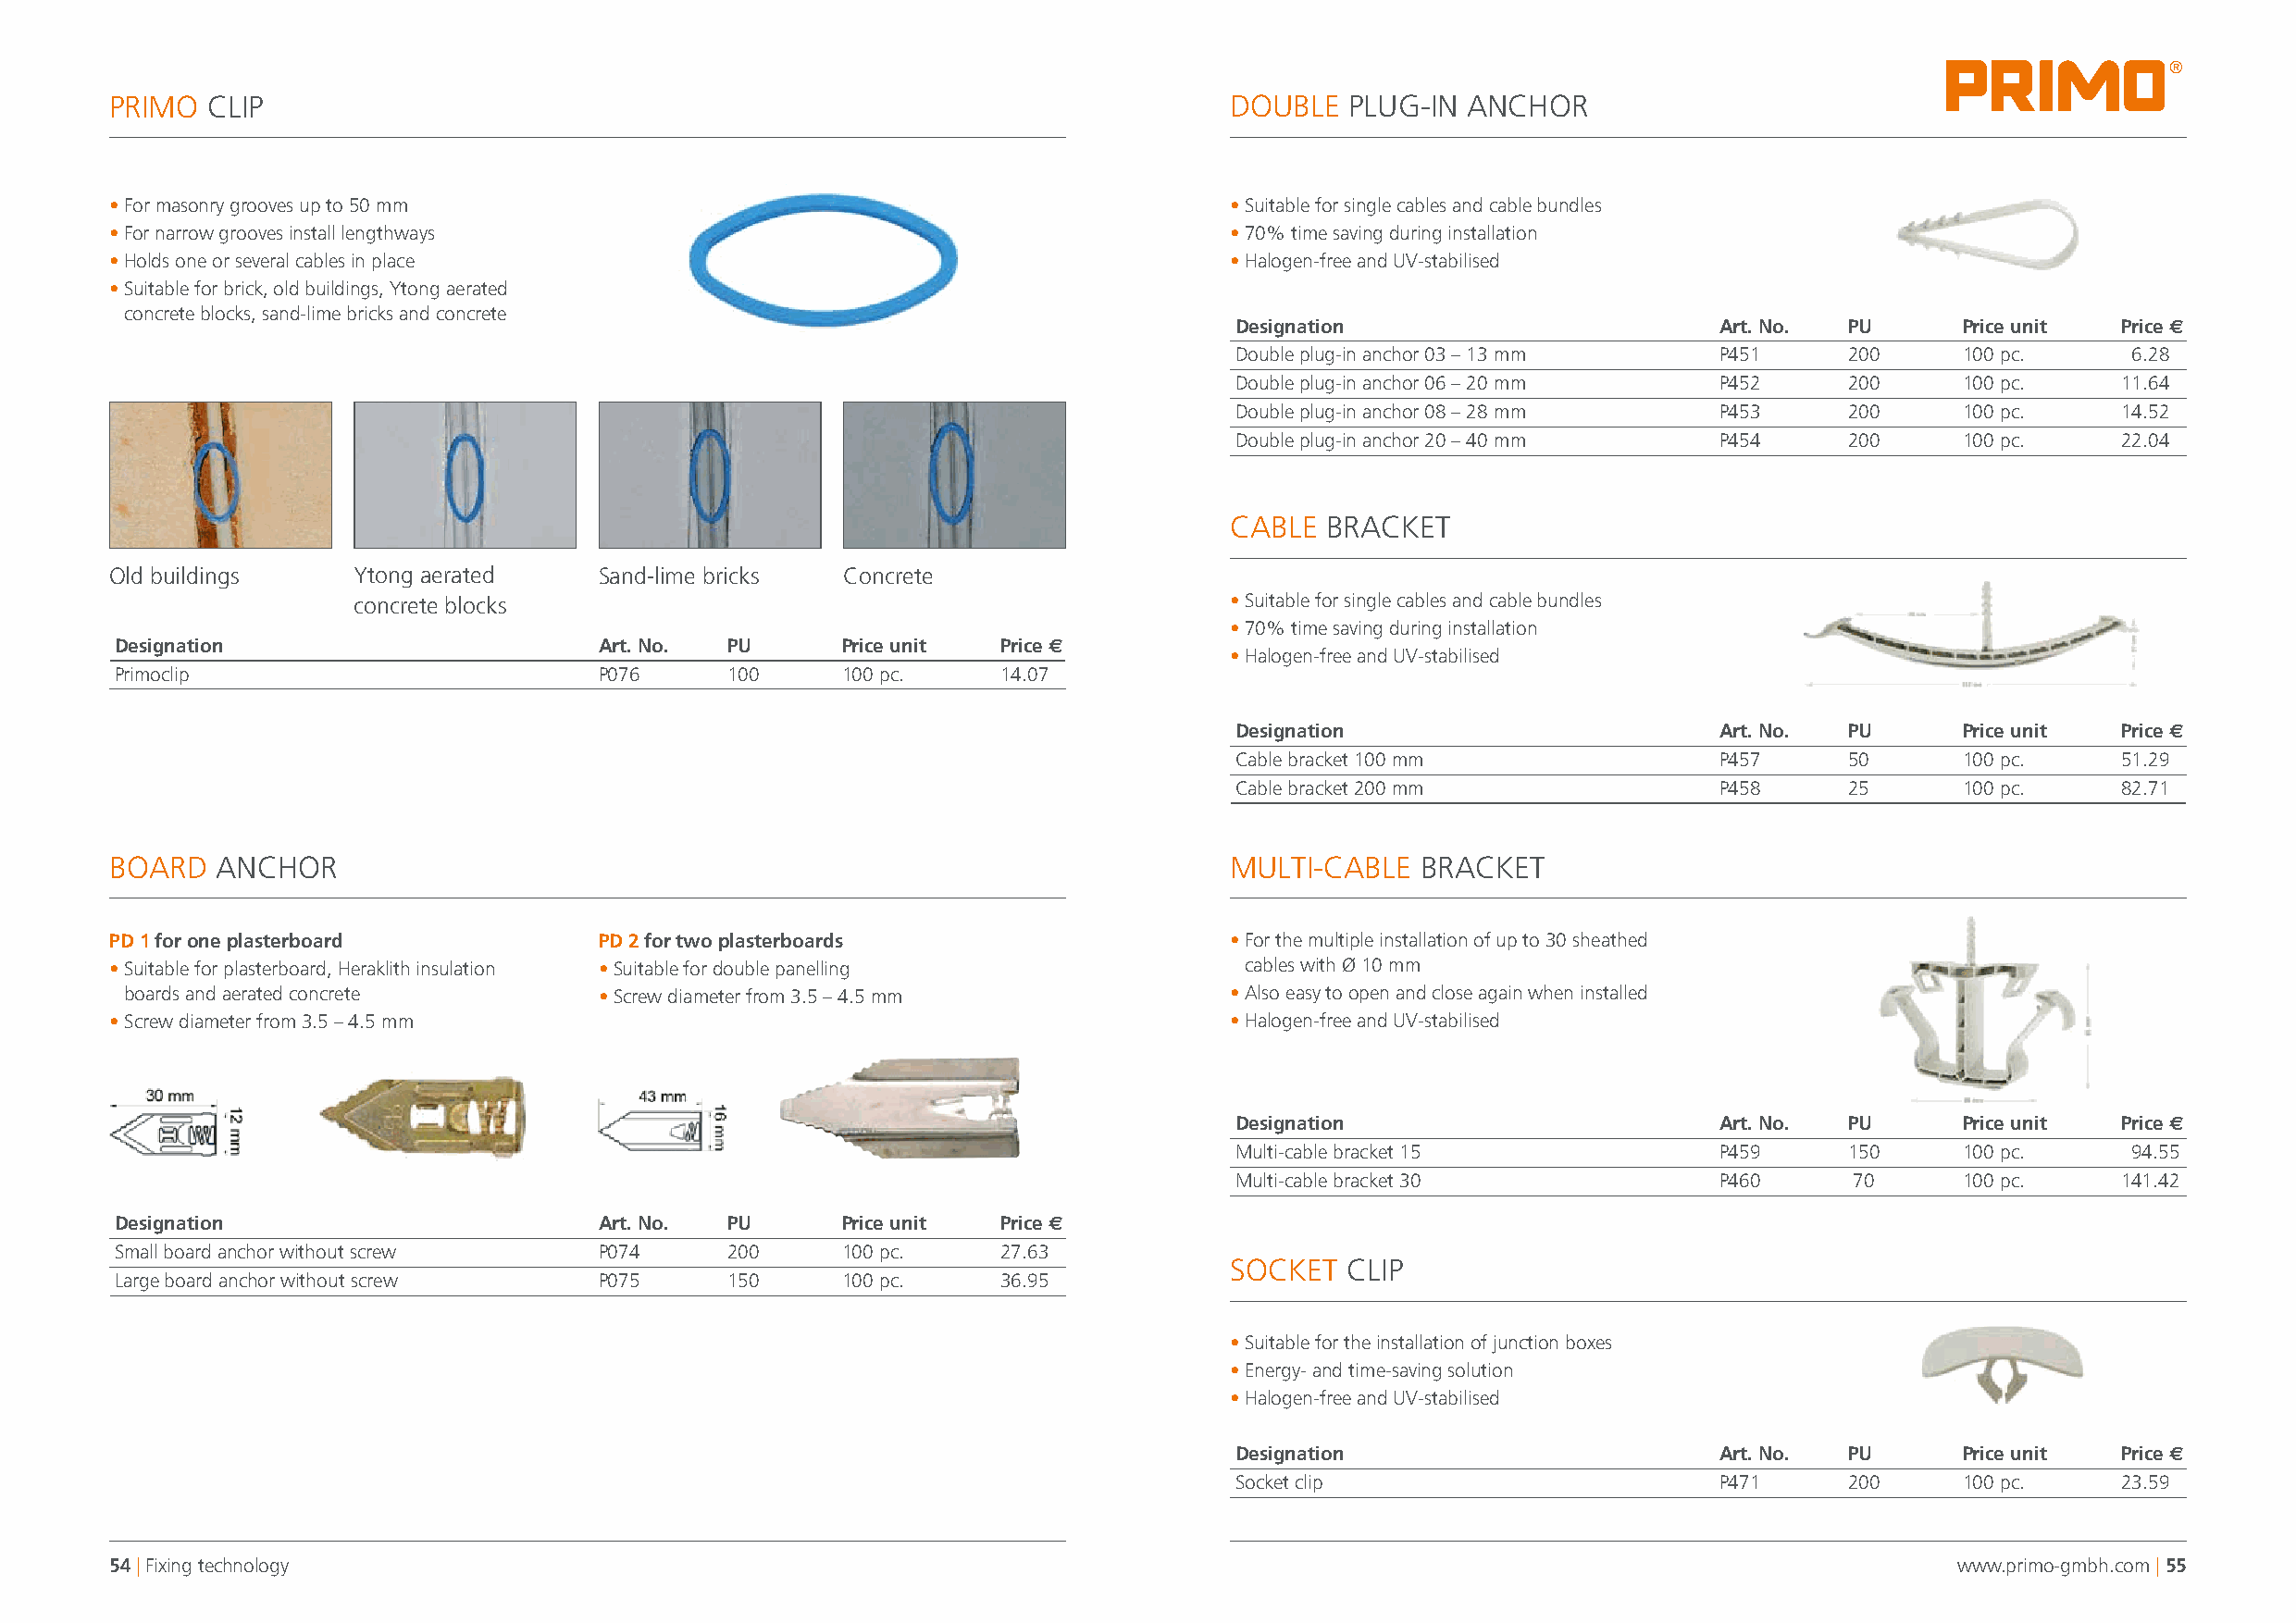
®
 PRIMO  CLIP                                                                     DOUBLE  PLUG-IN  ANCHOR
 • For masonry grooves up to 50 mm                                               • Suitable for single cables and cable bundles
 • For narrow grooves install lengthways                                         • 70% time saving during installation
 • Holds one or several cables in place                                          • Halogen-free and UV-stabilised
 • Suitable for brick, old buildings, Ytong aerated
 concrete blocks, sand-lime bricks and concrete
 Designation                        Art. No. PU      Price unit  Price s
 Double plug-in anchor 03 – 13 mm   P451     200     100 pc.     6.28
 Double plug-in anchor 06 – 20 mm   P452     200     100 pc.     11.64
 Double plug-in anchor 08 – 28 mm   P453     200     100 pc.     14.52
 Double plug-in anchor 20 – 40 mm   P454     200     100 pc.     22.04
 CABLE  BRACKET
 Old buildings    Ytong aerated     Sand-lime bricks Concrete
 concrete blocks                                                • Suitable for single cables and cable bundles
 • 70% time saving during installation
 Designation                        Art. No. PU      Price unit  Price s
 • Halogen-free and UV-stabilised
 Primoclip                          P076     100     100 pc.     14.07
 Designation                        Art. No. PU      Price unit  Price s
 Cable bracket 100 mm               P457     50      100 pc.     51.29
 Cable bracket 200 mm               P458     25      100 pc.     82.71
 BOARD  ANCHOR                                                                   MULTI-CABLE   BRACKET
 PD 1 for one plasterboard          PD 2 for two plasterboards                   • For the multiple installation of up to 30 sheathed
 • Suitable for plasterboard, Heraklith insulation • Suitable for double panelling cables with Ø 10 mm
 boards and aerated concrete       • Screw diameter from 3.5 – 4.5 mm           • Also easy to open and close again when installed
 • Screw diameter from 3.5 – 4.5 mm                                              • Halogen-free and UV-stabilised
 Designation                        Art. No. PU      Price unit  Price s
 Multi-cable bracket 15             P459     150     100 pc.     94.55
 Multi-cable bracket 30             P460      70     100 pc.     141.42
 Designation                        Art. No. PU      Price unit  Price s
 Small board anchor without screw   P074     200     100 pc.     27.63
 SOCKET  CLIP
 Large board anchor without screw   P075     150     100 pc.     36.95
 • Suitable for the installation of junction boxes
 • Energy- and time-saving solution
 • Halogen-free and UV-stabilised
 Designation                        Art. No. PU      Price unit  Price s
 Socket clip                        P471     200     100 pc.     23.59
 54 | Fixing technology                                                                                                              www.primo-gmbh.com | 55